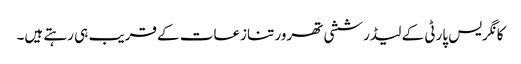
کانگریس پارٹی کے لیڈر ششی تھرور تنازعات کے قریب ہی رہتے ہیں۔